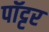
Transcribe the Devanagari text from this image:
पॉट्टर